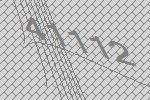
41112